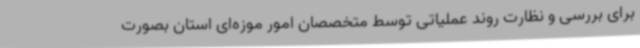
برای بررسی و نظارت روند عملیاتی توسط متخصصان امور موزه‌ای استان بصورت